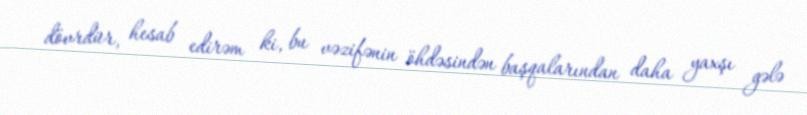
dövrdür, hesab edirəm ki, bu vəzifənin öhdəsindən başqalarından daha yaxşı gələ